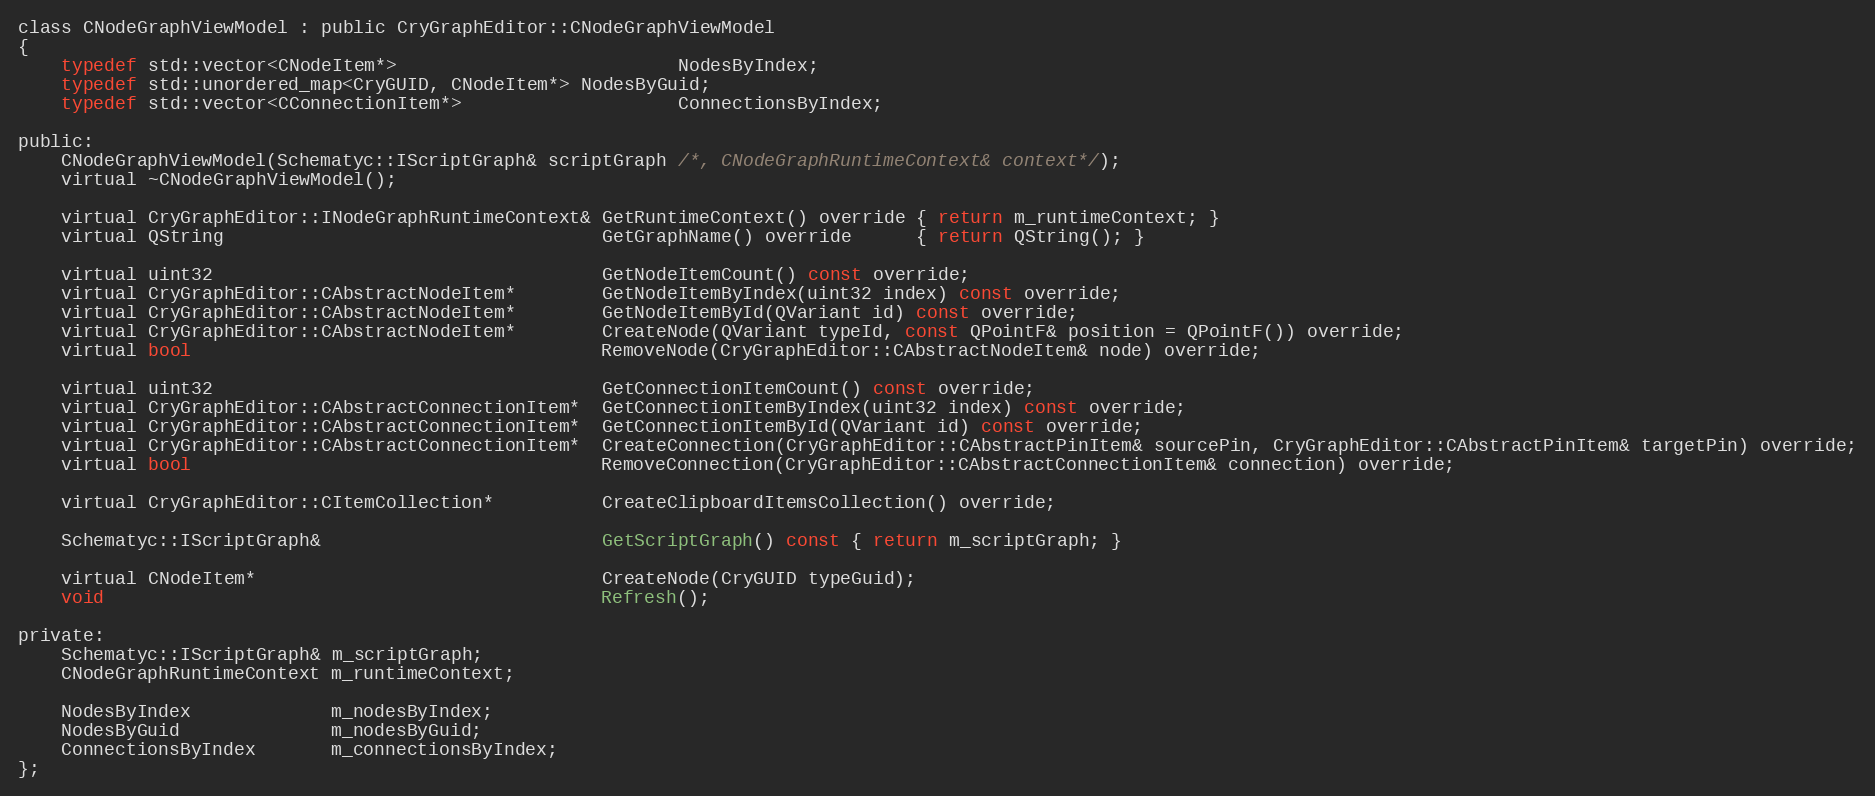
Language: C
class CNodeGraphViewModel : public CryGraphEditor::CNodeGraphViewModel
{
	typedef std::vector<CNodeItem*>                          NodesByIndex;
	typedef std::unordered_map<CryGUID, CNodeItem*> NodesByGuid;
	typedef std::vector<CConnectionItem*>                    ConnectionsByIndex;

public:
	CNodeGraphViewModel(Schematyc::IScriptGraph& scriptGraph /*, CNodeGraphRuntimeContext& context*/);
	virtual ~CNodeGraphViewModel();

	virtual CryGraphEditor::INodeGraphRuntimeContext& GetRuntimeContext() override { return m_runtimeContext; }
	virtual QString                                   GetGraphName() override      { return QString(); }

	virtual uint32                                    GetNodeItemCount() const override;
	virtual CryGraphEditor::CAbstractNodeItem*        GetNodeItemByIndex(uint32 index) const override;
	virtual CryGraphEditor::CAbstractNodeItem*        GetNodeItemById(QVariant id) const override;
	virtual CryGraphEditor::CAbstractNodeItem*        CreateNode(QVariant typeId, const QPointF& position = QPointF()) override;
	virtual bool                                      RemoveNode(CryGraphEditor::CAbstractNodeItem& node) override;

	virtual uint32                                    GetConnectionItemCount() const override;
	virtual CryGraphEditor::CAbstractConnectionItem*  GetConnectionItemByIndex(uint32 index) const override;
	virtual CryGraphEditor::CAbstractConnectionItem*  GetConnectionItemById(QVariant id) const override;
	virtual CryGraphEditor::CAbstractConnectionItem*  CreateConnection(CryGraphEditor::CAbstractPinItem& sourcePin, CryGraphEditor::CAbstractPinItem& targetPin) override;
	virtual bool                                      RemoveConnection(CryGraphEditor::CAbstractConnectionItem& connection) override;

	virtual CryGraphEditor::CItemCollection*          CreateClipboardItemsCollection() override;

	Schematyc::IScriptGraph&                          GetScriptGraph() const { return m_scriptGraph; }

	virtual CNodeItem*                                CreateNode(CryGUID typeGuid);
	void                                              Refresh();

private:
	Schematyc::IScriptGraph& m_scriptGraph;
	CNodeGraphRuntimeContext m_runtimeContext;

	NodesByIndex             m_nodesByIndex;
	NodesByGuid              m_nodesByGuid;
	ConnectionsByIndex       m_connectionsByIndex;
};